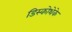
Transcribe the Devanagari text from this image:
डिस्कोथेके